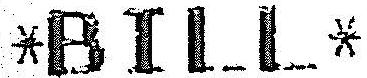
*BILL*